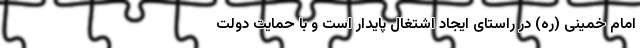
امام خمینی (ره) در راستای ایجاد اشتغال پایدار است و با حمایت دولت